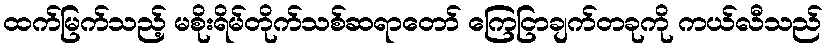
ထက်မြက်သည့် မစိုးရိမ်တိုက်သစ်ဆရာတော် ကြေငြာချက်တခုကို ကယ်လီသည်